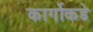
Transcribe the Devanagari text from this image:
कार्गोकडे